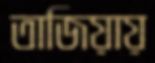
তাজিয়ায়